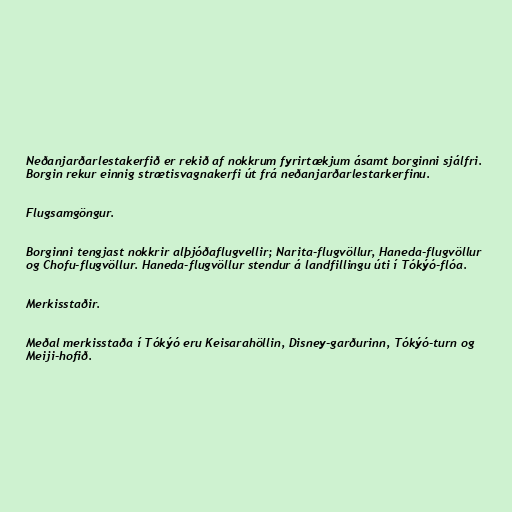
Neðanjarðarlestakerfið er rekið af nokkrum fyrirtækjum ásamt borginni sjálfri.
Borgin rekur einnig strætisvagnakerfi út frá neðanjarðarlestarkerfinu.

Flugsamgöngur.

Borginni tengjast nokkrir alþjóðaflugvellir; Narita-flugvöllur, Haneda-flugvöllur
og Chofu-flugvöllur. Haneda-flugvöllur stendur á landfillingu úti í Tókýó-flóa.

Merkisstaðir.

Meðal merkisstaða í Tókýó eru Keisarahöllin, Disney-garðurinn, Tókýó-turn og
Meiji-hofið.